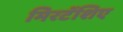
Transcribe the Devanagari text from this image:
मिरटॅशिए